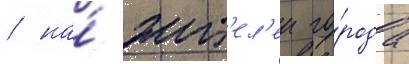
/ на́ жит'ел'еи го́рода